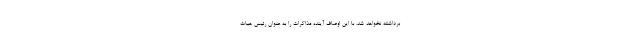
برداشته نخواهد شد، با این اوصاف آینده مذاکرات را به عنوان رئیس هیات